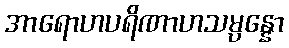
အာရောဟပရိဏာဟသမ္ပန္နော